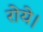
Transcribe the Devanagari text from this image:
रोये।